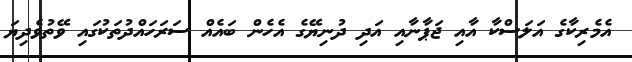
އެމެރިކާގެ އަލަސްކާ އާއި ޖަޕާނާއި އަދި ދުނިޔޭގެ އެހެން ބައެއް ސަރަހައްދުތަކުގައި ވޭތުވެދިޔަ